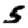
Digit: 5